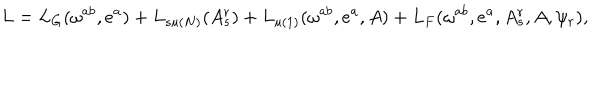
LaTeX: L = L _ { G } ( \omega ^ { a b } , e ^ { a } ) + L _ { s u ( N ) } ( A _ { s } ^ { r } ) + L _ { u ( 1 ) } ( \omega ^ { a b } , e ^ { a } , A ) + L _ { F } ( \omega ^ { a b } , e ^ { a } , A _ { s } ^ { r } , A , \psi _ { r } ) ,